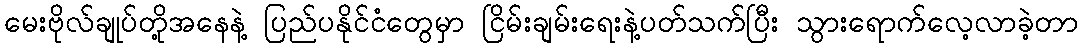
မေးဗိုလ်ချုပ်တို့အနေနဲ့ ပြည်ပနိုင်ငံတွေမှာ ငြိမ်းချမ်းရေးနဲ့ပတ်သက်ပြီး သွားရောက်လေ့လာခဲ့တာ